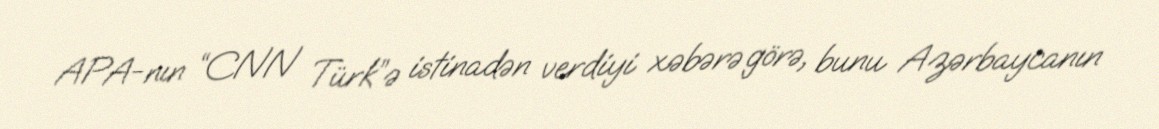
APA-nın “CNN Türk”ə istinadən verdiyi xəbərə görə, bunu Azərbaycanın